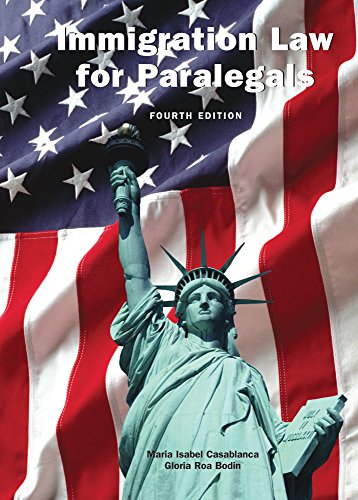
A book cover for Immigration Law for Paralegals, Fourth Edition; Maria Isabel Casablanca; Law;